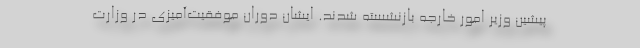
پیشین وزیر امور خارجه بازنشسته شدند. ایشان دوران موفقیت‌آمیزی در وزارت